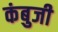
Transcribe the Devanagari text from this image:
कंबुजी